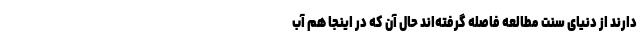
دارند از دنیای سنت مطالعه فاصله گرفته‌اند حال آن که در اینجا هم آب